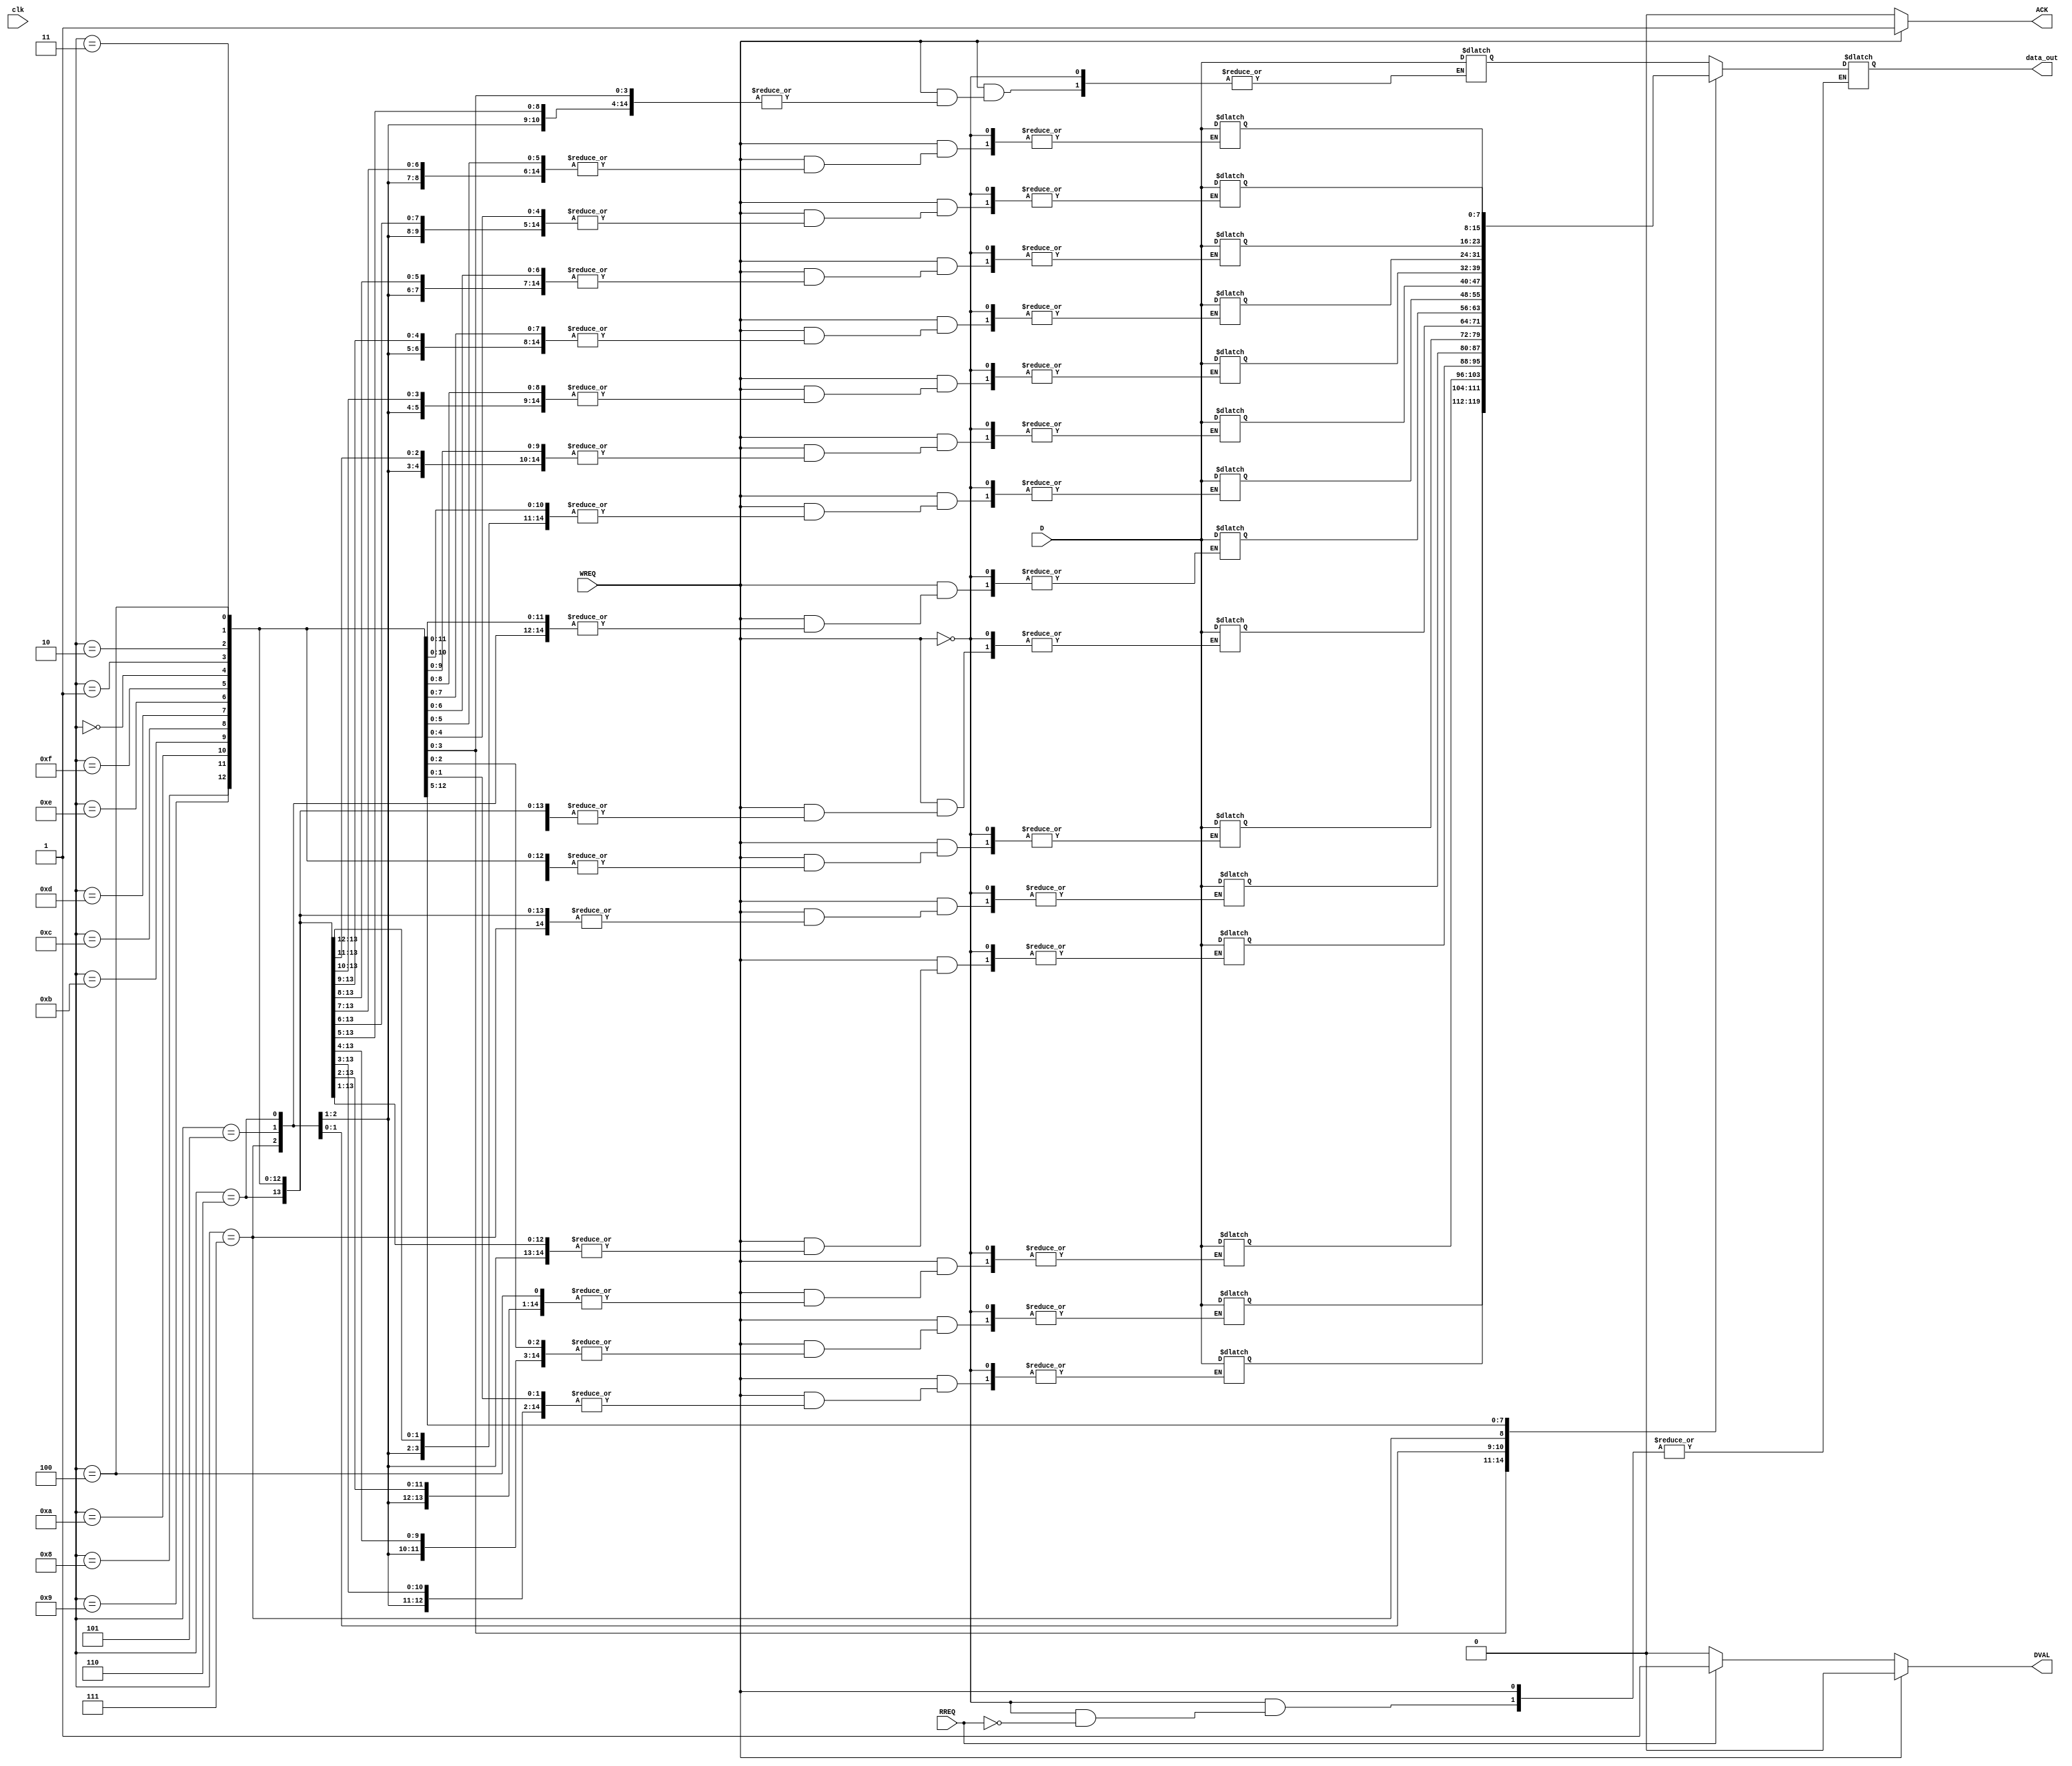
module memory_block (
    input wire clk,                    // Not used in asynchronous design
    input wire [7:0] D,                // Data lines (8-bit data width)
    input wire RREQ,                   // Read request from controller
    input wire WREQ,                   // Write request from controller
    output reg ACK,                    // Acknowledge signal
    output reg DVAL,                   // Data valid signal
    output reg [7:0] data_out          // Data output for read operation
);
    reg [7:0] memory [0:15];           // Simple memory array (16x8 bits)
    reg [3:0] address;                 // Address for memory access
    reg busy;                          // Busy signal for memory operations

    always @(*) begin
        // Default signal states
        ACK = 0;
        DVAL = 0;
        busy = 0;
        
        if (WREQ) begin
            // Write operation
            busy = 1;
            memory[address] = D; // Write data to memory
            ACK = 1;              // Signal readiness
        end
        else if (RREQ) begin
            // Read operation
            busy = 1;
            data_out = memory[address]; // Read data from memory
            DVAL = 1;                  // Signal data is valid
        end
    end
endmodule